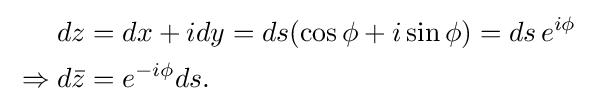
{\begin{aligned}dz&=dx+idy=ds(\cos \phi +i\sin \phi )=ds\,e^{i\phi }\\{}\Rightarrow d{\bar {z}}&=e^{-i\phi }ds.\end{aligned}}